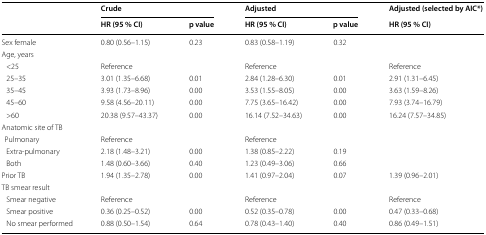
| <ROWSPAN=2>  | <COLSPAN=2> Crude | <COLSPAN=2> Adjusted | Adjusted (selected by AIC*) |
 | HR (95 % CI) | p value | HR (95 % CI) | p value | HR (95 % CI) |
 | --- | --- | --- | --- | --- | --- |
 | Sex female | 0.80 (0.56–1.15) | 0.23 | 0.83 (0.58–1.19) | 0.32 |  |
 | <COLSPAN=6> Age, years |
 | <25 | Reference |  | Reference |  | Reference |
 | 25–35 | 3.01 (1.35–6.68) | 0.01 | 2.84 (1.28–6.30) | 0.01 | 2.91 (1.31–6.45) |
 | 35–45 | 3.93 (1.73–8.96) | 0.00 | 3.53 (1.55–8.05) | 0.00 | 3.63 (1.59–8.26) |
 | 45–60 | 9.58 (4.56–20.11) | 0.00 | 7.75 (3.65–16.42) | 0.00 | 7.93 (3.74–16.79) |
 | >60 | 20.38 (9.57–43.37) | 0.00 | 16.14 (7.52–34.63) | 0.00 | 16.24 (7.57–34.85) |
 | <COLSPAN=6> Anatomic site of TB |
 | Pulmonary | Reference |  | Reference |  |  |
 | Extra-pulmonary | 2.18 (1.48–3.21) | 0.00 | 1.38 (0.85–2.22) | 0.19 |  |
 | Both | 1.48 (0.60–3.66) | 0.40 | 1.23 (0.49–3.06) | 0.66 |  |
 | Prior TB | 1.94 (1.35–2.78) | 0.00 | 1.41 (0.97–2.04) | 0.07 | 1.39 (0.96–2.01) |
 | <COLSPAN=6> TB smear result |
 | Smear negative | Reference |  | Reference |  | Reference |
 | Smear positive | 0.36 (0.25–0.52) | 0.00 | 0.52 (0.35–0.78) | 0.00 | 0.47 (0.33–0.68) |
 | No smear performed | 0.88 (0.50–1.54) | 0.64 | 0.78 (0.43–1.40) | 0.40 | 0.86 (0.49–1.51) |